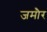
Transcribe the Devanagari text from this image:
जमौर